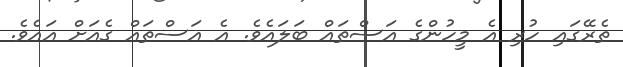
ތެރޭގައި ހުރި އެ މީހުންގެ އަސްތައް ބަލައެވެ. އެ އަސްތައް ގެއަށް އައެވެ.